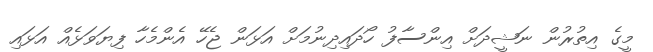
މީގެ އިތުރުން ނަޝީދަށް އިންސާފު ހޯދައިދިނުމަށް އަޅަން ޖެހޭ އެންމެހާ ފިޔަވަޅެއް އަޅައި